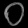
Digit: ၀